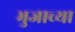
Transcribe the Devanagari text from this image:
भुजाच्या